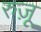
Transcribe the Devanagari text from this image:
रुज़ू